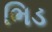
ભિડ